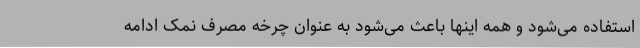
استفاده می‌شود و همه اینها باعث می‌شود به عنوان چرخه مصرف نمک ادامه